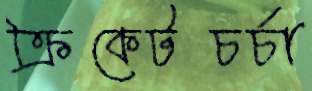
ক্রিকেটচর্চা